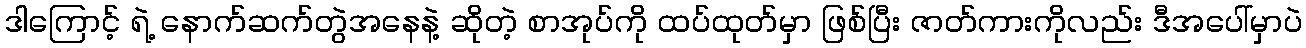
ဒါကြောင့် ရဲ့ နောက်ဆက်တွဲအနေနဲ့ ဆိုတဲ့ စာအုပ်ကို ထပ်ထုတ်မှာ ဖြစ်ပြီး ဇာတ်ကားကိုလည်း ဒီအပေါ်မှာပဲ